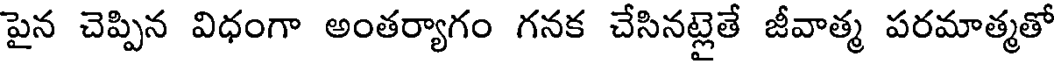
పైన చెప్పిన విధంగా అంతర్యాగం గనక చేసినట్లైతే జీవాత్మ పరమాత్మతో